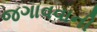
જગાવવાની